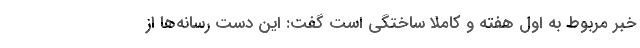
خبر مربوط به اول هفته و کاملا ساختگی است گفت: این دست رسانه‌ها از